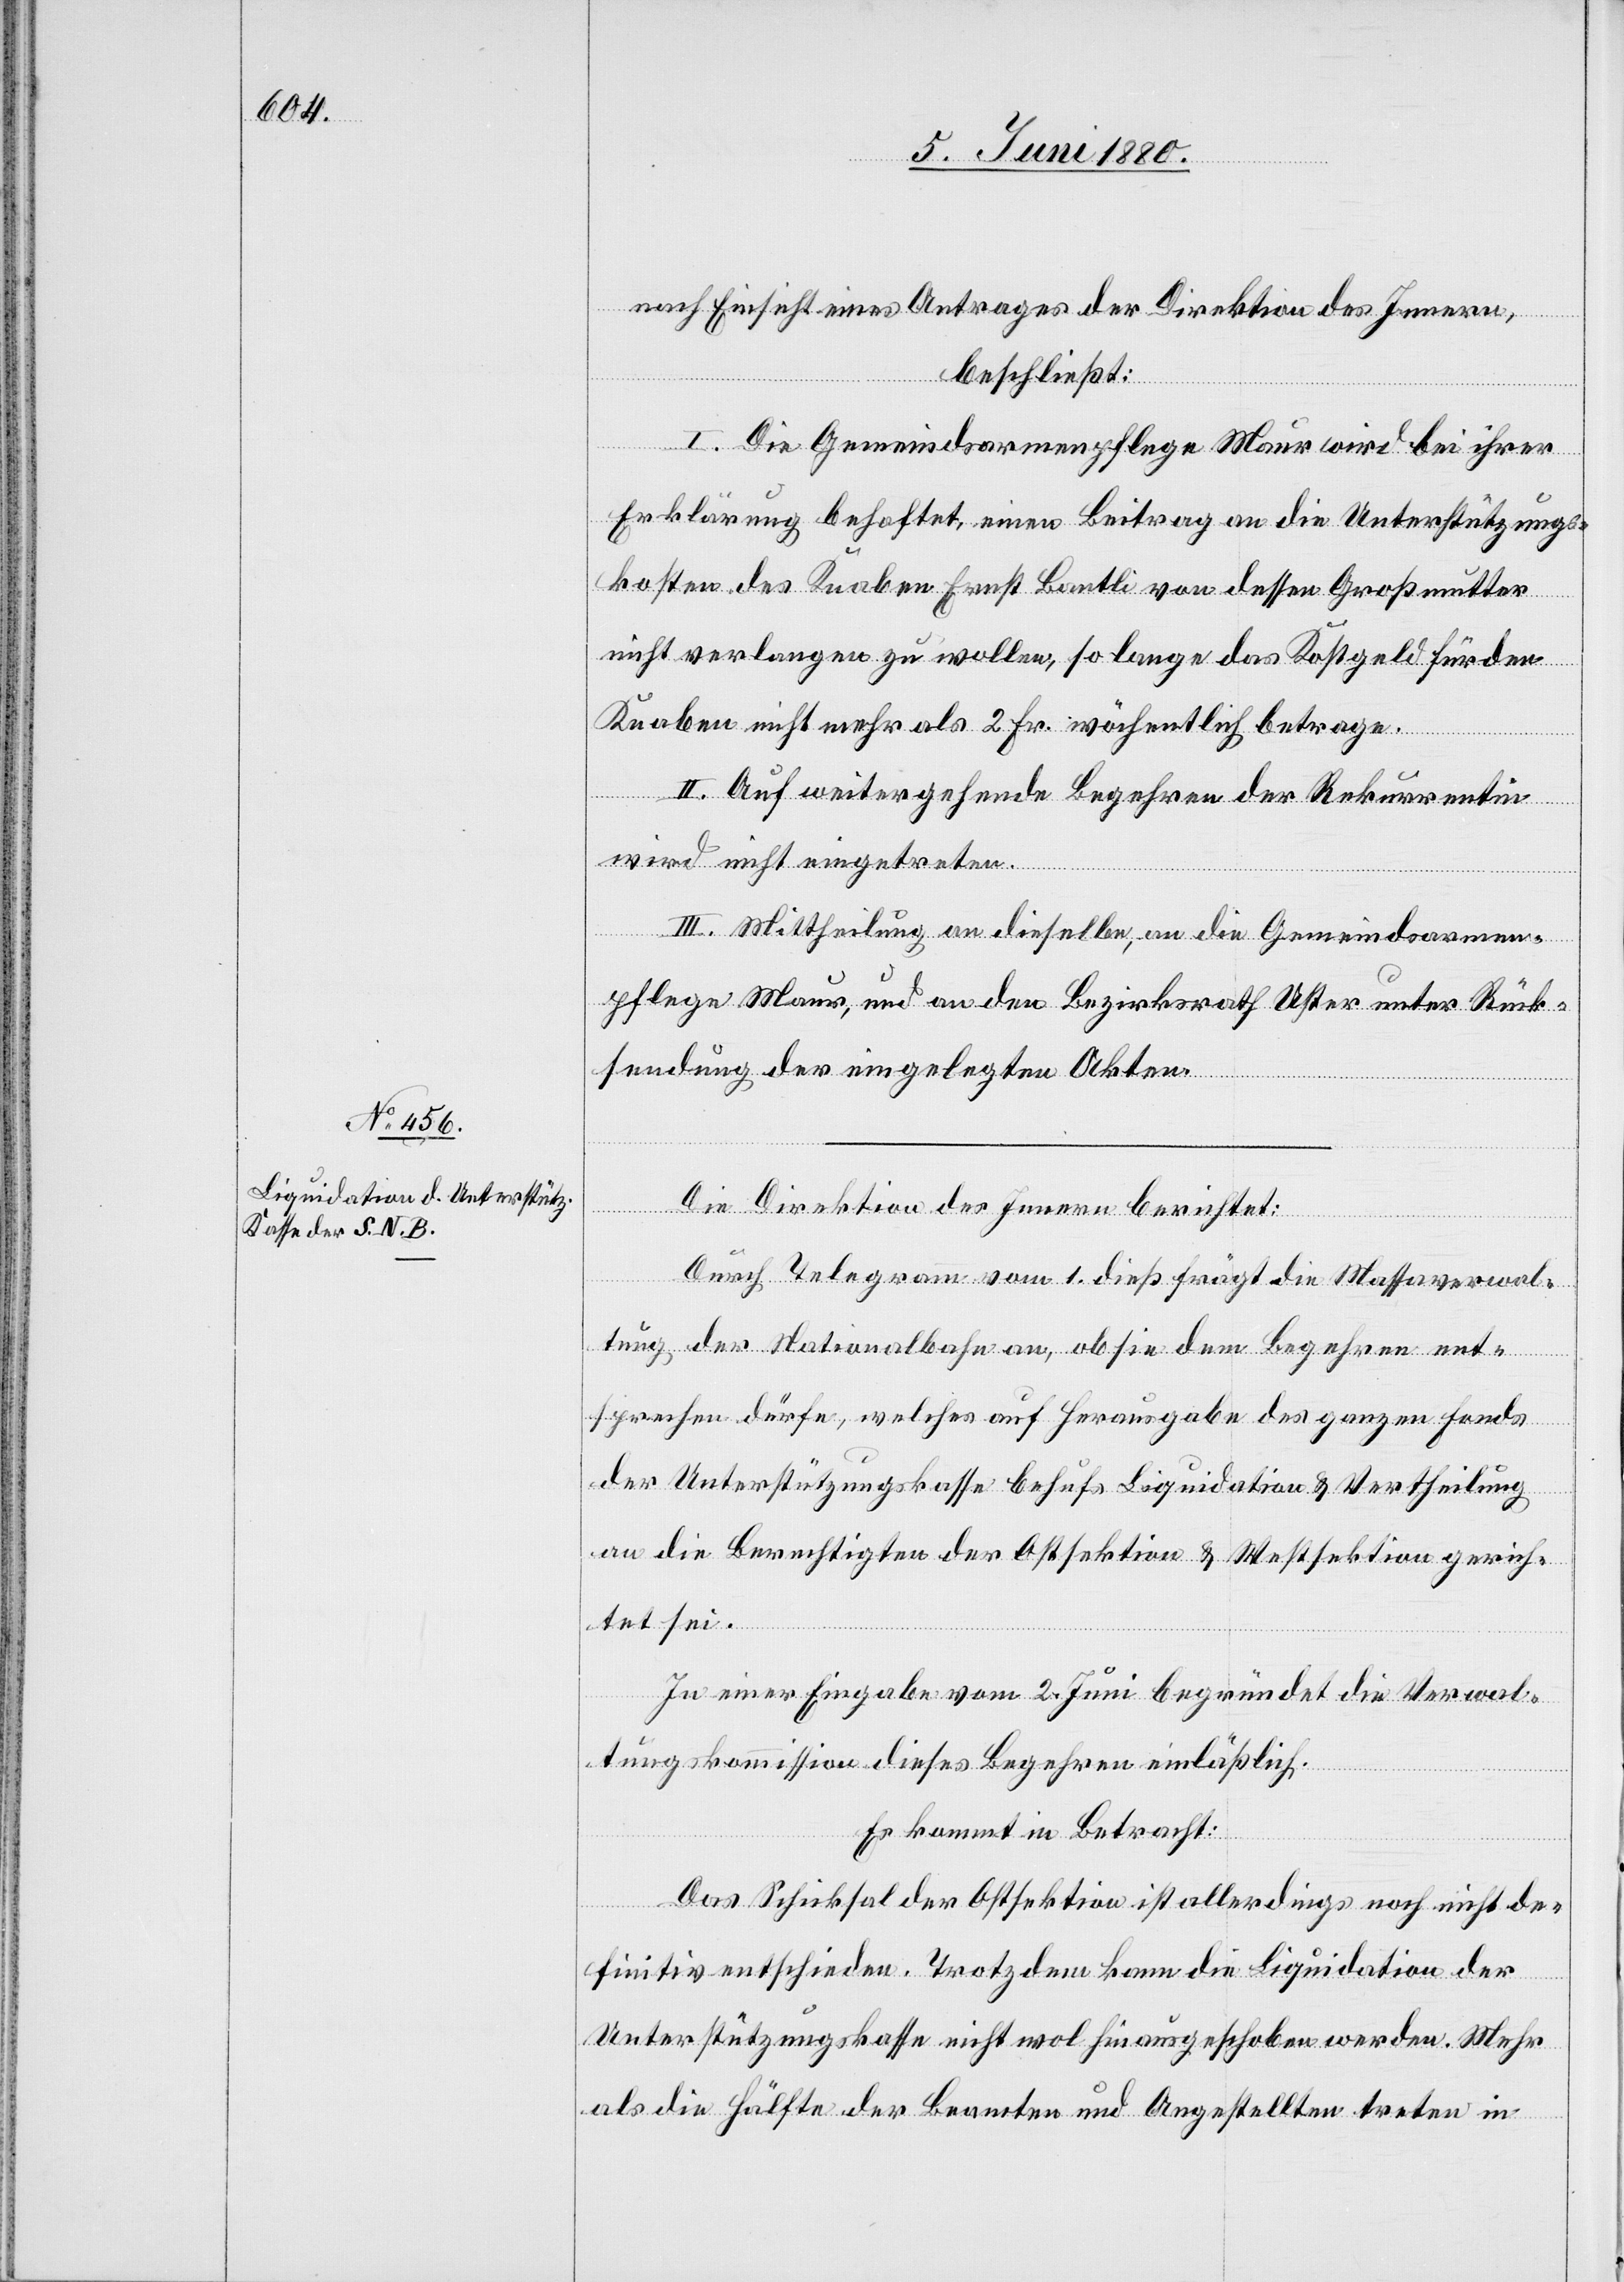
nach Einsicht eines Antrages der Direktion des Innern,
beschließt:
I. Die Gemeindsarmenpflege Maur wird bei ihrer
Erklärung behaftet, einen Beitrag an die Unterstützungs¬
kosten des Knaben Ernst Bantli von dessen Großmutter
nicht verlangen zu wollen, so lange das Kostgeld für den
Knaben nicht mehr als 2 Fr. wöchentlich betrage.
II. Auf weitergehende Begehren der Rekurrentin
wird nicht eingetreten.
III. Mittheilung an dieselbe, an die Gemeindsarmen¬
pflege Maur, und an den Bezirksrath Uster unter Rück¬
stellung der eingelegten Akten.
Die Direktion des Innern berichtet:
Durch Telegramm vom 1. dieß frägt die Massaverwal¬
tung der Nationalbahn an, ob sie dem Begehren ent¬
sprechen dürfe, welches auf Herausgabe des ganzen Fonds
der Unterstützungskasse behufs Liquidation & Vertheilung
an die Berechtigten der Ostsektion & Westsektion gerich¬
tet sei.
In einer Eingabe vom 2. Juni begründet die Verwal¬
tungskommission dieses Begehren einläßlich.
Es kommt in Betracht:
Das Schicksal der Ostsektion ist allerdings noch nicht de¬
finitiv entschieden. Trotzdem kann die Liquidation der
Unterstützungskasse nicht wol hinausgeschoben werden. Mehr
als die Hälfte der Beamten und Angestellten treten in